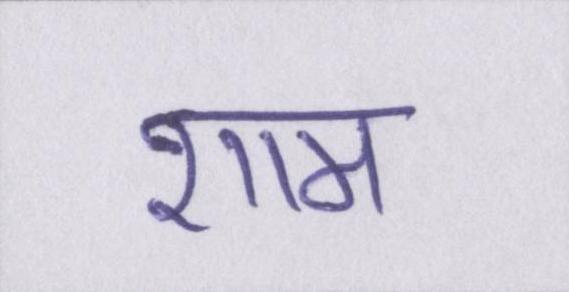
शाम